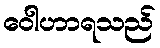
ဝေါဟာရသည်